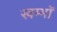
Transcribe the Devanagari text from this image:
खम्भोँ